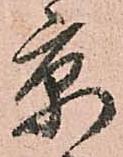
京